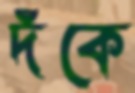
দঁকে